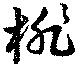
桃